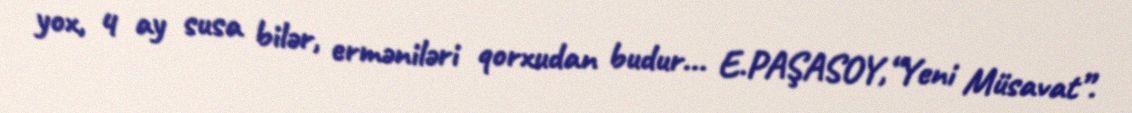
yox, 4 ay susa bilər, erməniləri qorxudan budur... E.PAŞASOY,“Yeni Müsavat”.